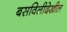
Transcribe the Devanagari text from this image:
बसविलीदेखील